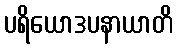
ပရိယောဒပနာယာတိ